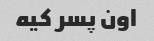
اون پسر کیه